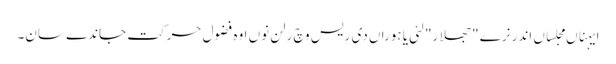
ایہناں مجلساں اندر نرے "جھلار" لئی یا ہوراں دی رِیس وچ رلن نوں اوہ فضول حرکت جاندے سان۔